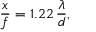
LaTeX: { \frac { x } { f } } = 1 . 2 2 \, { \frac { \lambda } { d } } ,